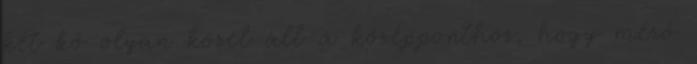
két kő olyan közel áll a középponthoz, hogy mérő